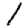
Digit: 1